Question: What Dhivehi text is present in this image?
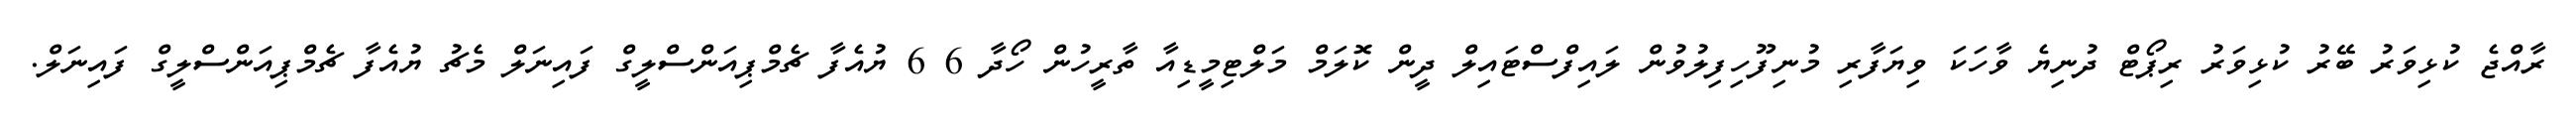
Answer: ރާއްޖެ ކުޅިވަރު ބޭރު ކުޅިވަރު ރިޕޯޓް ދުނިޔެ ވާހަކަ ވިޔަފާރި މުނިފޫހިފިލުވުން ލައިފްސްޓައިލް ދީން ކޮލަމް މަލްޓިމީޑިއާ ތާރީހުން ހޯދާ 6 6 ޔުއެފާ ޗެމްޕިއަންސްލީގް ފައިނަލް މެޗު ޔުއެފާ ޗެމްޕިއަންސްލީގް ފައިނަލް.